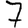
Digit: 7